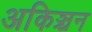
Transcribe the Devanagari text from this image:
अकिञ्चन